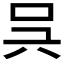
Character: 𠯵